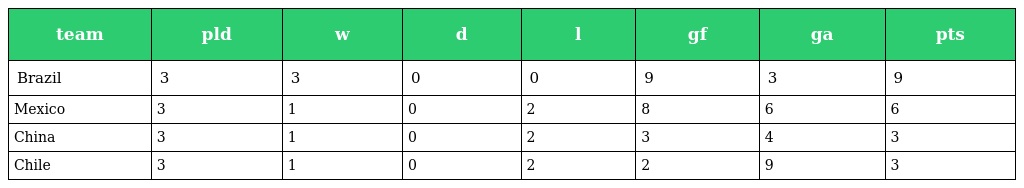
| team | pld | w | d | l | gf | ga | pts |
 | --- | --- | --- | --- | --- | --- | --- | --- |
 | Brazil | 3 | 3 | 0 | 0 | 9 | 3 | 9 |
 | Mexico | 3 | 1 | 0 | 2 | 8 | 6 | 6 |
 | China | 3 | 1 | 0 | 2 | 3 | 4 | 3 |
 | Chile | 3 | 1 | 0 | 2 | 2 | 9 | 3 |